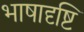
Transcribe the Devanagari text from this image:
भाषादृष्टि